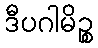
ဒီပဂါမိဉ္စ